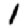
Digit: 1